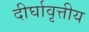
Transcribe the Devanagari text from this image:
दीर्घावृत्तीय